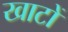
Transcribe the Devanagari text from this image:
खाटों